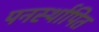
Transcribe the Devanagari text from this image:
पनर्स्थापित